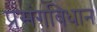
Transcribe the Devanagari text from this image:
प्रसंगविधान